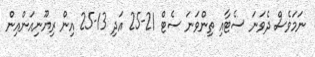
ނަމަވެސް ދެވަނަ ސެޓާއި ތިންވަނަ ސެޓް 21-25 އަދި 13-25 އިން ރިޔޫނިއަންއިން